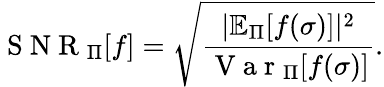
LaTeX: \mathrm{~S~N~R~}_{\Pi}[f]=\sqrt{\frac{|\mathbb{E}_{\Pi}[f(\sigma)]|^{2}}{\mathrm{~V~a~r~}_{\Pi}[f(\sigma)]}}.